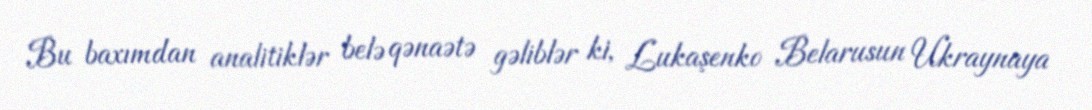
Bu baxımdan analitiklər belə qənaətə gəliblər ki, Lukaşenko Belarusun Ukraynaya